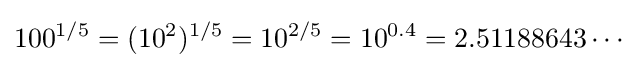
100^{1/5}=(10^{2})^{1/5}=10^{2/5}=10^{0.4}=2.51188643\cdots